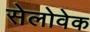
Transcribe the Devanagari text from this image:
सेलोवेक